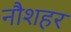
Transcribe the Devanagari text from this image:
नौशहर